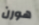
هورن